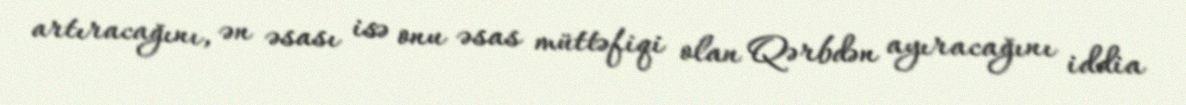
artıracağını, ən əsası isə onu əsas müttəfiqi olan Qərbdən ayıracağını iddia